Indian journal of veterinary science and animal husbandry - Volumes 15-17, 1948-1951
Year: 1948
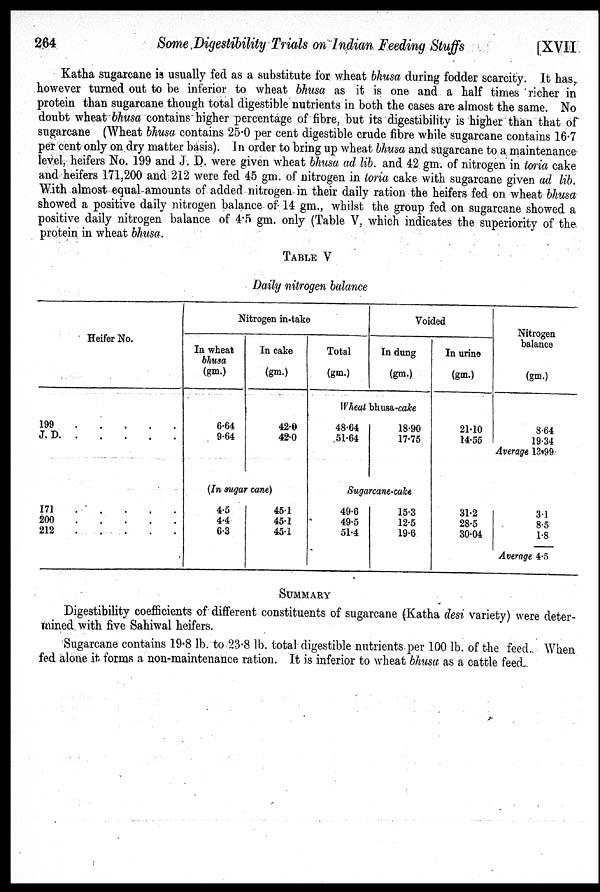
264
Some Digestibility Trials on Indian Feeding Stuffs
[XVII
Katha sugarcane is usually fed as a substitute for wheat bhusa during fodder scarcity. It has,
however turned out to be inferior to wheat bhusa as it is one and a half times richer in
protein than sugarcane though total digestible nutrients in both the cases are almost the same. No
doubt wheat bhusa contains higher percentage of fibre, but its digestibility is higher than that of
sugarcane (Wheat bhusa contains 25.0 per cent digestible crude fibre while sugarcane contains 16.7
per cent only on dry matter basis). In order to bring up wheat bhusa and sugarcane to a maintenance
level, heifers No. 199 and J. D. were given wheat bhusa ad lib. and 42 gm. of nitrogen in toria cake
and heifers 171,200 and 212 were fed 45 gm. of nitrogen in toria cake with sugarcane given ad lib.
With almost equal amounts of added nitrogen in their daily ration the heifers fed on wheat bhusa
showed a positive daily nitrogen balance of 14 gm., whilst the group fed on sugarcane showed a
positive daily nitrogen balance of 4.5 gm. only (Table V, which indicates the superiority of the
protein in wheat bhusa.
TABLE V
Daily nitrogen balance
Heifer No.
199 . . . . .
J. D
.
.
.
.
.
171
.
.
.
.
.
200
.
.
.
.
.
212
.
.
.
.
.
Nitrogen in take
In wheat
bhusa
(gm.)
6.64
9.64
In cake
(gm.)
42.0
42.0
(In sugar cane)
4.5
4.4
6.3
45.1
45.1
45.1
Total
(gm.)
Voided
In dung
(gm.)
Wheat bhusa-cake
48.64
51.64
18.90
17.75
Sugarcane-cake
49.6
49.5
51.4
15.3
12.5
19.6
In urine
(gm.)
21.10
14.55
31.2
28.5
30.04
Nitrogen
balance
(gm.)
8.64
19.34
Average 13.99
3.1
8.5
1.8
Average 4.5
SUMMARY
Digestibility coefficients of different constituents of sugarcane (Katha desi variety) were deter-
mined with five Sahiwal heifers.
Sugarcane contains 19.8 lb. to 23.8 lb. total digestible nutrients per 100 lb. of the feed. When
fed alone it forms a non-maintenance ration. It is inferior to wheat bhusa as a cattle feed.